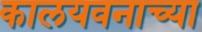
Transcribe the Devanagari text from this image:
कालयवनाच्या